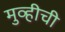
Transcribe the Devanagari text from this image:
मुव्हीची